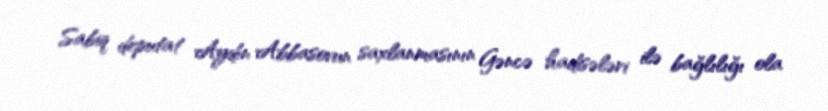
Sabiq deputat Aydın Abbasovun saxlanmasının Gəncə hadisələri ilə bağlılığı ola